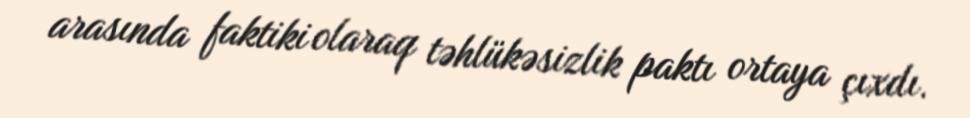
arasında faktiki olaraq təhlükəsizlik paktı ortaya çıxdı.